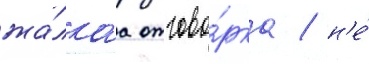
жа́лкаа отгово́рка / н'е́